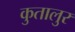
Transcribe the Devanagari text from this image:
कुतालुर